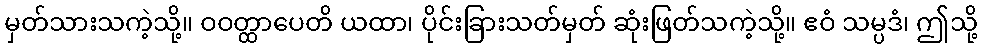
မှတ်သားသကဲ့သို့။ ဝဝတ္ထာပေတိ ယထာ၊ ပိုင်းခြားသတ်မှတ် ဆုံးဖြတ်သကဲ့သို့။ ဧဝံ သမ္ပဒံ၊ ဤသို့